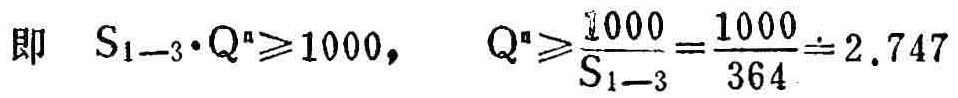
即 \(S_{1 - 3}\cdot Q^{n}\geqslant1000,\) \(Q^{n}\geqslant\frac{1000}{S_{1 - 3}}=\frac{1000}{364}\doteq2.747\)